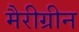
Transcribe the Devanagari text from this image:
मैरीग्रीन